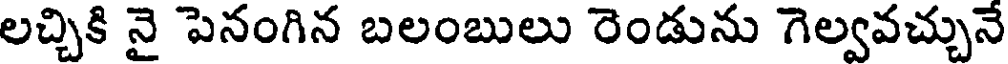
లచ్చికి నై పెనంగిన బలంబులు రెండును గెల్వవచ్చునే